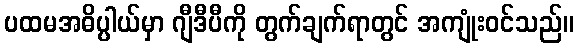
ပထမအဓိပ္ပါယ်မှာ ဂျီဒီပီကို တွက်ချက်ရာတွင် အကျုံးဝင်သည်။